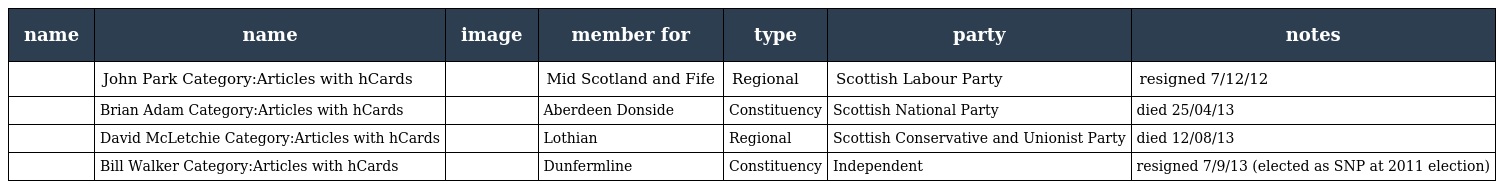
| name | name | image | member for | type | party | notes |
 | --- | --- | --- | --- | --- | --- | --- |
 |  | John Park Category:Articles with hCards |  | Mid Scotland and Fife | Regional | Scottish Labour Party | resigned 7/12/12 |
 |  | Brian Adam Category:Articles with hCards |  | Aberdeen Donside | Constituency | Scottish National Party | died 25/04/13 |
 |  | David McLetchie Category:Articles with hCards |  | Lothian | Regional | Scottish Conservative and Unionist Party | died 12/08/13 |
 |  | Bill Walker Category:Articles with hCards |  | Dunfermline | Constituency | Independent | resigned 7/9/13 (elected as SNP at 2011 election) |